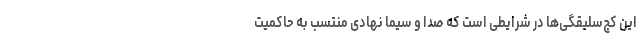
این کج‌سلیقگی‌ها در شرایطی است که صدا و سیما نهادی منتسب به حاکمیت